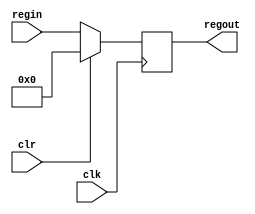
module reg16 (regin, regout, clk, clr);
input clr;
input clk;
input [15:0] regin;
output [15:0] regout;
reg [15:0] regout;

always @(posedge clk)
    if (clr) regout = #1 16'b0;
    else regout = #1 regin;
endmodule